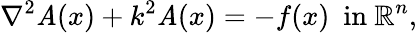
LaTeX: \nabla^{2}\mathit{A}(x)+k^{2}\mathit{A}(x)=-f(x)\ {\mathrm{{~in~}}}\mathbb{{R}}^{n},